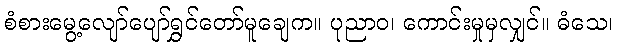
စံစားမွေ့လျော်ပျော်ရွှင်တော်မူချေက။ ပုညာဝ၊ ကောင်းမှုမှလျှင်။ ဓံသေ၊